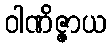
ဝါဏိဇ္ဇာယ